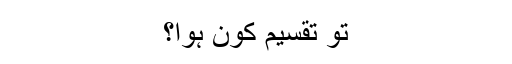
تو تقسیم کون ہوا؟